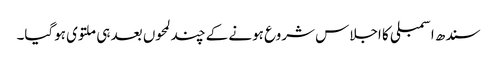
سندھ اسمبلی کا اجلاس شروع ہونے کے چند لمحوں بعد ہی ملتوی ہوگیا۔